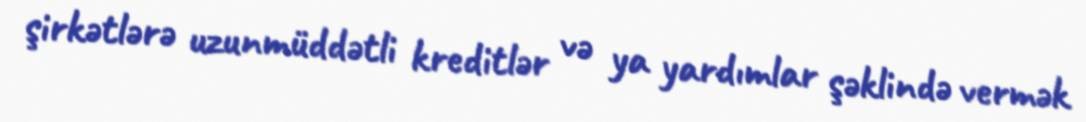
şirkətlərə uzunmüddətli kreditlər və ya yardımlar şəklində vermək